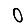
Digit: 0